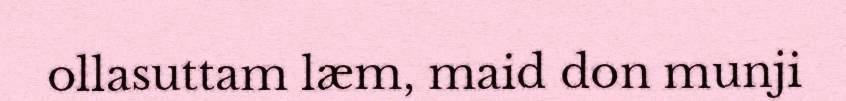
ollasuttam læm, maid don munji